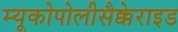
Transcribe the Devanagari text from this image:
म्यूकोपोलीसैक्केराइड